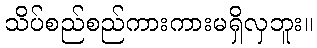
သိပ်စည်စည်ကားကားမရှိလှဘူး။